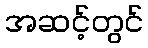
အဆင့်တွင်